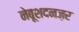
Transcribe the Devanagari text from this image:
नेबूशदनज़र